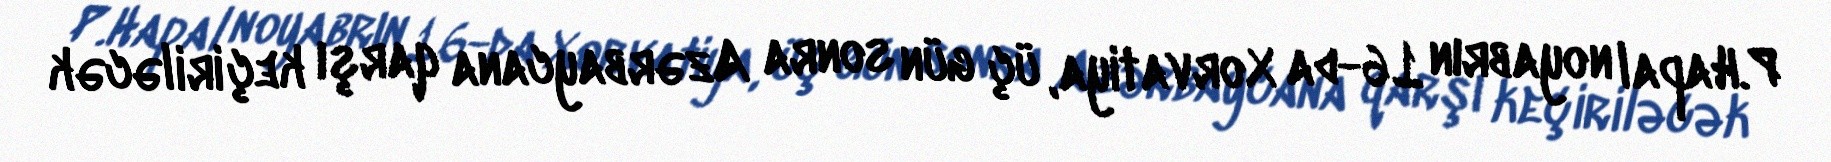
P.Hapal noyabrın 16-da Xorvatiya, üç gün sonra Azərbaycana qarşı keçiriləcək